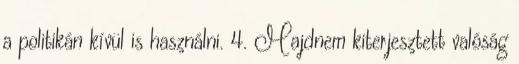
a politikán kívül is használni. 4. Majdnem kiterjesztett valóság